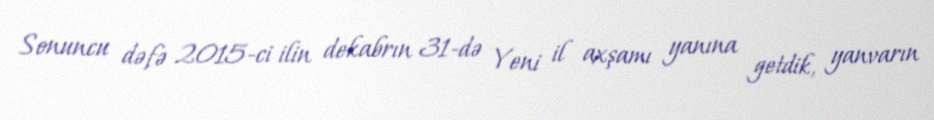
Sonuncu dəfə 2015-ci ilin dekabrın 31-də Yeni il axşamı yanına getdik, yanvarın